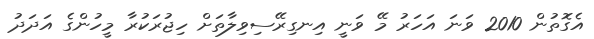
އެގޮތުން 2010 ވަނަ އަހަރު މޭ ވަނީ އިނގިރޭސިވިލާތަށް ހިޖުރަކުރާ މީހުންގެ އަދަދު